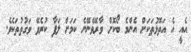
އެއީ އެ އަތޮޅުތަކަށް އެންމެ ބޯކޮށް ވާރޭވެނޭނެ ކަމަށް ލަފާ ކުރެވޭ ވަގުތުތަކެވެ.